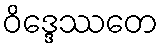
ဝိဒ္ဒေဿတေ